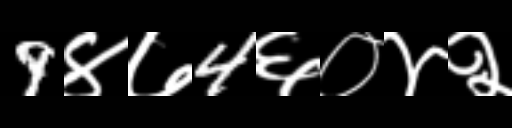
Text: 9४७4६०४२